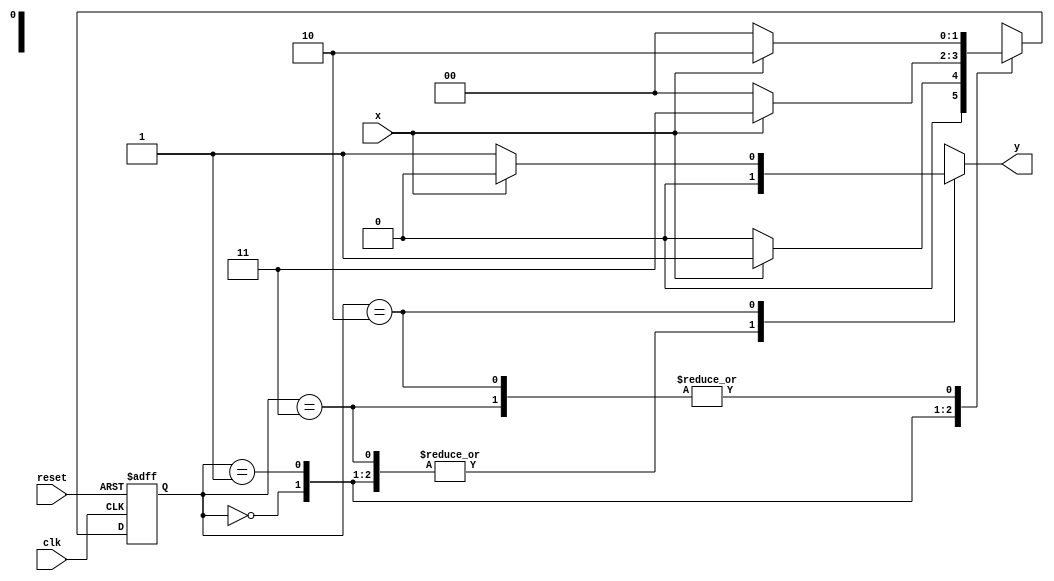
// ------------------------- 
// Mealy 1110
// Nome: Gabriel Benjamim de Carvalho 
// ------------------------- 

// -------------- 
// --- Mealy FSM 
// -------------- 
/* 
Mealy FSM Diagram 
__________________ 
/ \ 
1 v 1 0 1 | // found 
[start] ---> [id1] ---> [id11] ---> [id111] 
^ \0 0 | 1 / ^ 0 | // not found 
\_/ / \__/ | 
\_______/ / 
\ / 
\______________________/ 
*/ 
// constant definitions 
`define found 1 
`define notfound 0 
// FSM by Mealy 
module mealy1110 ( y, x, clk, reset ); 
output y; 
input x; 
input clk; 
input reset; 
reg y; 
parameter // state identifiers 
start = 2'b00, 
id1 = 2'b01, 
id11 = 2'b11, 
id111 = 2'b10; 
reg [1:0] E1; // current state variables 
reg [1:0] E2; // next state logic output 
// next state logic 
always @( x or E1 ) 
begin 
y = `notfound; 
case ( E1 ) 
start: 
if ( x ) 
E2 = id1; 
else 
E2 = start; 
id1: 
if ( x ) 
E2 = id11; 
else 
E2 = start; 
id11: 
if ( x ) 
E2 = id111; 
else 
E2 = start; 
id111: 
if ( x ) 
begin 
E2 = id111;  
end 
else 
begin 
E2 = start;
y = `found; 
end 
default: // undefined state 
E2 = 2'bxx; 
endcase 
end // always at signal or state changing 
// state variables 
always @( posedge clk or negedge reset ) 
begin 
if ( reset ) 
E1 = E2; // updates current state 
else 
E1 = 0; // reset 
end // always at signal changing 
endmodule // mealy1110